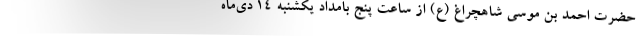
حضرت احمد بن موسی شاهچراغ (ع) از ساعت پنج بامداد یکشنبه ۱۴ دی‌ماه